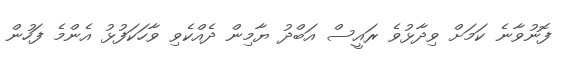
ފޮނުވާނެ ކަމަށް ވިދާޅުވެ ރައީސް އަބްދު ޔާމިން ދެއްކެވި ވާހަކަފުޅު އެންމެ ފަހުން